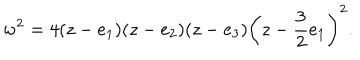
LaTeX: w ^ { 2 } = 4 ( z - e _ { 1 } ) ( z - e _ { 2 } ) ( z - e _ { 3 } ) \left( z - { \frac { 3 } { 2 } } e _ { 1 } \right) ^ { 2 } .